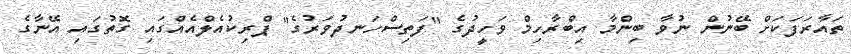
ތައާރަފަކަށް ބޭނުން ނުވާ ބިންމާ އިބްރާހިމް ވަހީދުގެ "ފަތިސްހަނދުވަރުގެ" ޕްރިކުއެލްއެއްގައި ގޮތުގައި އޭނާގެ